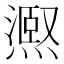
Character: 𭶉